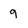
Character: 9